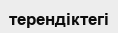
терендіктегі